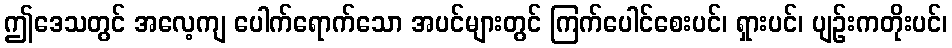
ဤဒေသတွင် အလေ့ကျ ပေါက်ရောက်သော အပင်များတွင် ကြက်ပေါင်စေးပင်၊ ရှားပင်၊ ပျဉ်းကတိုးပင်၊